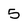
Character: 5